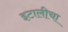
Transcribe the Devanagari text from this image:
इटालीचा